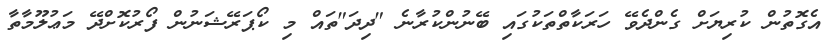
އެގޮތުން ކުރިޔަށް ގެންދެވޭ ހަރަކާތްތަކުގައި ބޭނުންކުރާނެ "ދިދަ"ތައް މި ކޯޕަރޭޝަނުން ފޯރުކޮށްދޭ މަޢުލޫމާތާ